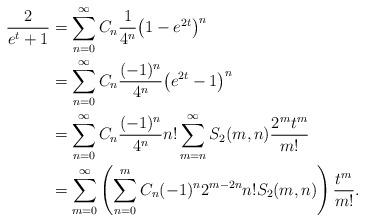
LaTeX: \begin{align*}\frac{2}{e^t+1} &= \sum_{n=0}^\infty C_n \frac{1}{4^n} \big( 1- e^{2t} \big)^n \\&= \sum_{n=0}^\infty C_n \frac{(-1)^n}{4^n} \big( e^{2t}-1 \big)^n \\&= \sum_{n=0}^\infty C_n \frac{(-1)^n}{4^n} n! \sum_{m=n}^\infty S_2(m,n) \frac{2^m t^m}{m!}\\&= \sum_{m=0}^\infty \left( \sum_{n=0}^m C_n (-1)^n 2^{m-2n} n! S_2(m,n) \right) \frac{t^m}{m!}.\end{align*}